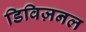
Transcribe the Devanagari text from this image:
डिविज़नल